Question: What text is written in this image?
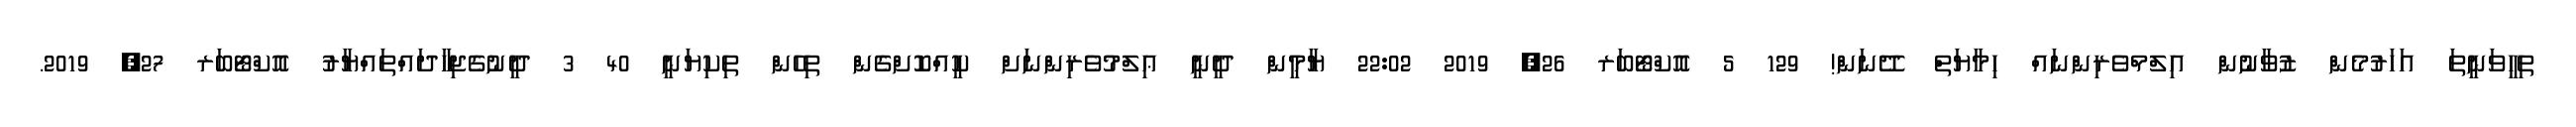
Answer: ތިހީވަނީތަ އަހަރުމެން ޒުވާނުން އިލްމްވެރިންނައް ހިމާޔަތް ދޭނަން! 129 5 އޮކްޓޯބަރ 26, 2019 22:02 ޔާމީން ދީނީ ޢިލްމުވެރިންނަށް ކީއްކޮށްގެން ތިހެން ތިކިޔަނީ 40 3 ދީނުގެޖިހާދައްތައްޔާރު އޮކްޓޯބަރ 27, 2019.